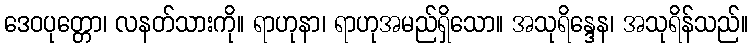
ဒေဝပုတ္တော၊ လနတ်သားကို။ ရာဟုနာ၊ ရာဟုအမည်ရှိသော။ အသုရိန္ဒေန၊ အသုရိန်သည်။